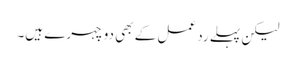
لیکن پہلے رد عمل کے بھی دو چہرے ہیں۔